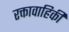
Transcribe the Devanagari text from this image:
रक्तावाहिकी